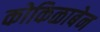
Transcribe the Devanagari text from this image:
कोकिळाबेन